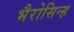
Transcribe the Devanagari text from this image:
भैरोसिन्ह